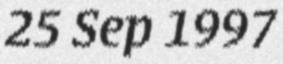
25 Sep 1997